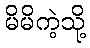
မိမိကဲ့သို့